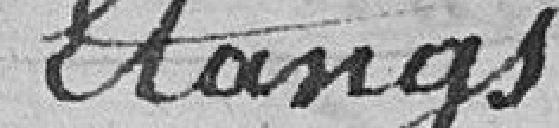
Étangs